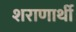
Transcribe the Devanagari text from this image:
शराणार्थी